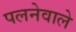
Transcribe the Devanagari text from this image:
पलनेवाले